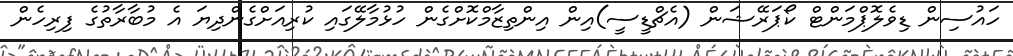
ހައުސިން ޑިވެލޮޕްމަންޓް ކޯޕަރޭޝަން (އެޗްޑީސީ)އިން އިންތިޒާމްކޮށްގެން ހުޅުމާލޭގައި ކުރިއަށްގެންދިޔަ އެ މުބާރާތުގެ ފިރިހެން